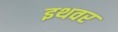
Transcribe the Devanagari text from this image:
इथवर